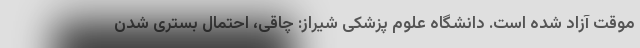
موقت آزاد شده است. دانشگاه علوم پزشکی شیراز: چاقی، احتمال بستری شدن